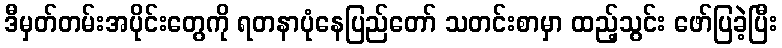
ဒီမှတ်တမ်းအပိုင်းတွေကို ရတနာပုံနေပြည်တော် သတင်းစာမှာ ထည့်သွင်း ဖော်ပြခဲ့ပြီး